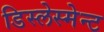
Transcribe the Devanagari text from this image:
डिस्लेस्मेन्ट